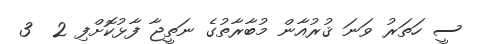
ސީ ހަތަރު ވަނަ ޤުރުއާން މުބާރާތުގެ ނަތީޖާ ފާޅުކޮށްފި 2  3